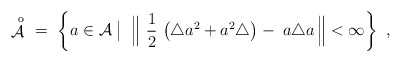
\begin{align*}\displaystyle\mathop{{\mathcal A}}^{\;\,\rm o}\ = \ \left\{ a \in {\mathcal A} \bigm|\; \Big\| \ \frac 1 2 \, \left( \triangle a^2 + a^2 \triangle\right) - \; a\triangle a\, \Big\| < \infty \right\} \ ,\end{align*}